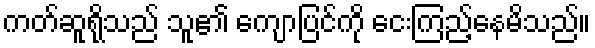
ကတ်ဆူရိုသည် သူ၏ ကျောပြင်ကို ငေးကြည့်နေမိသည်။